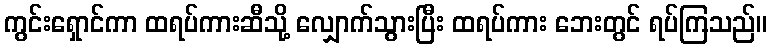
ကွင်းရှောင်ကာ ထရပ်ကားဆီသို့ လျှောက်သွားပြီး ထရပ်ကား ဘေးတွင် ရပ်ကြသည်။